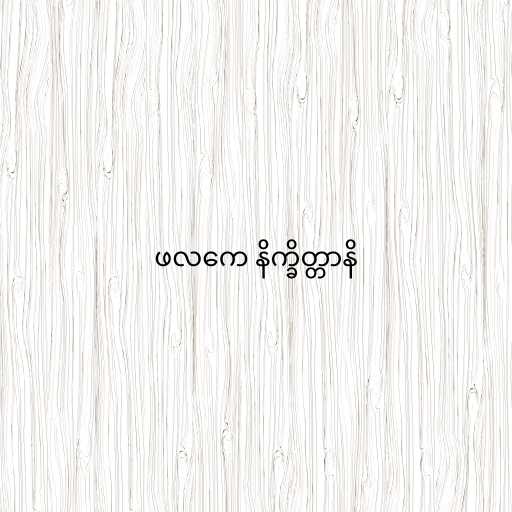
ဖလကေ နိက္ခိတ္တာနိ